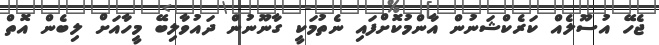
ޖެހޭ އުސޫލެއް ކަރެކްޝަނުން އާންމުކޮށްފައި ނެތުމަކީ ގާނޫނުން ދައުވާލިބޭ މީހާއަށް ލިބެން އޮތް